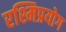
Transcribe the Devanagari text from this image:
रश्मिप्रयोग